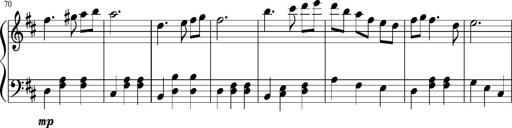
Title: Sonatine Nr.1 in C-Dur
Composer: DÃ©sirÃ©e Manns
Key: C major